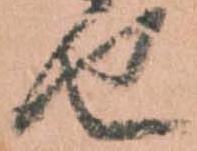
せ